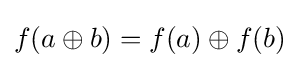
f(a\oplus b)=f(a)\oplus f(b)